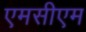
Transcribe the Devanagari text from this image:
एमसीएम